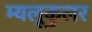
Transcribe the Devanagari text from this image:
म्यलूकुलर